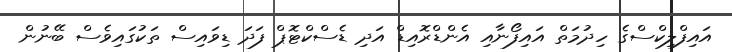
އައިފްލިކްސްގެ ހިދުމަތް އައިފޯނާއި އެންޑްރޮއިޑް އަދި ޑެސްކްޓޮޕް ފަދަ ޑިވައިސް ތަކުގައިވެސް ބޭނުން